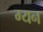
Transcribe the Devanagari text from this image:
ग्यन